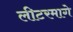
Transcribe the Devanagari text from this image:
लीटरमागे